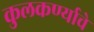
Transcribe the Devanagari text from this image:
कुलकर्ण्याचे